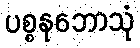
ပစ္စနုဘောသုံ